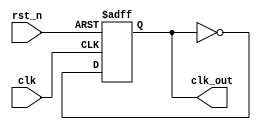
module clk_10k_2 (
	input clk,    // Clock
	
	input rst_n,  // Asynchronous reset active low
	output reg clk_out
);

reg [31:0]cnt;
parameter cnt_num = 50_000_000 / 10_000 /2 - 1;

always @(posedge clk or negedge rst_n) 
begin : proc_
	if(~rst_n) begin
		clk_out <= 0;
	end else begin
		  	if(cnt < cnt_num) begin
		  		cnt <= cnt + 1;
		  	end
		  	else
		  		cnt <= 0;
		  		clk_out <= ~clk_out;
	end
end

endmodule